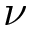
\nu